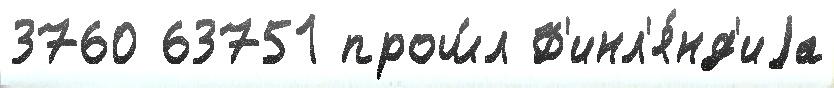
3760 63751 прош́л Ф'инл'я́нд'иjа